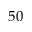
5 0